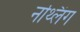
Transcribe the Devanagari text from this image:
नथ्लिंग